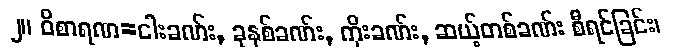
၂။ ဝိစာရဏ=ငါးခဏ်း, ခုနစ်ခဏ်း, ကိုးခဏ်း, ဆယ့်တစ်ခဏ်း စီရင်ခြင်း၊